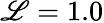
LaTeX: \mathscr{L}=1.0